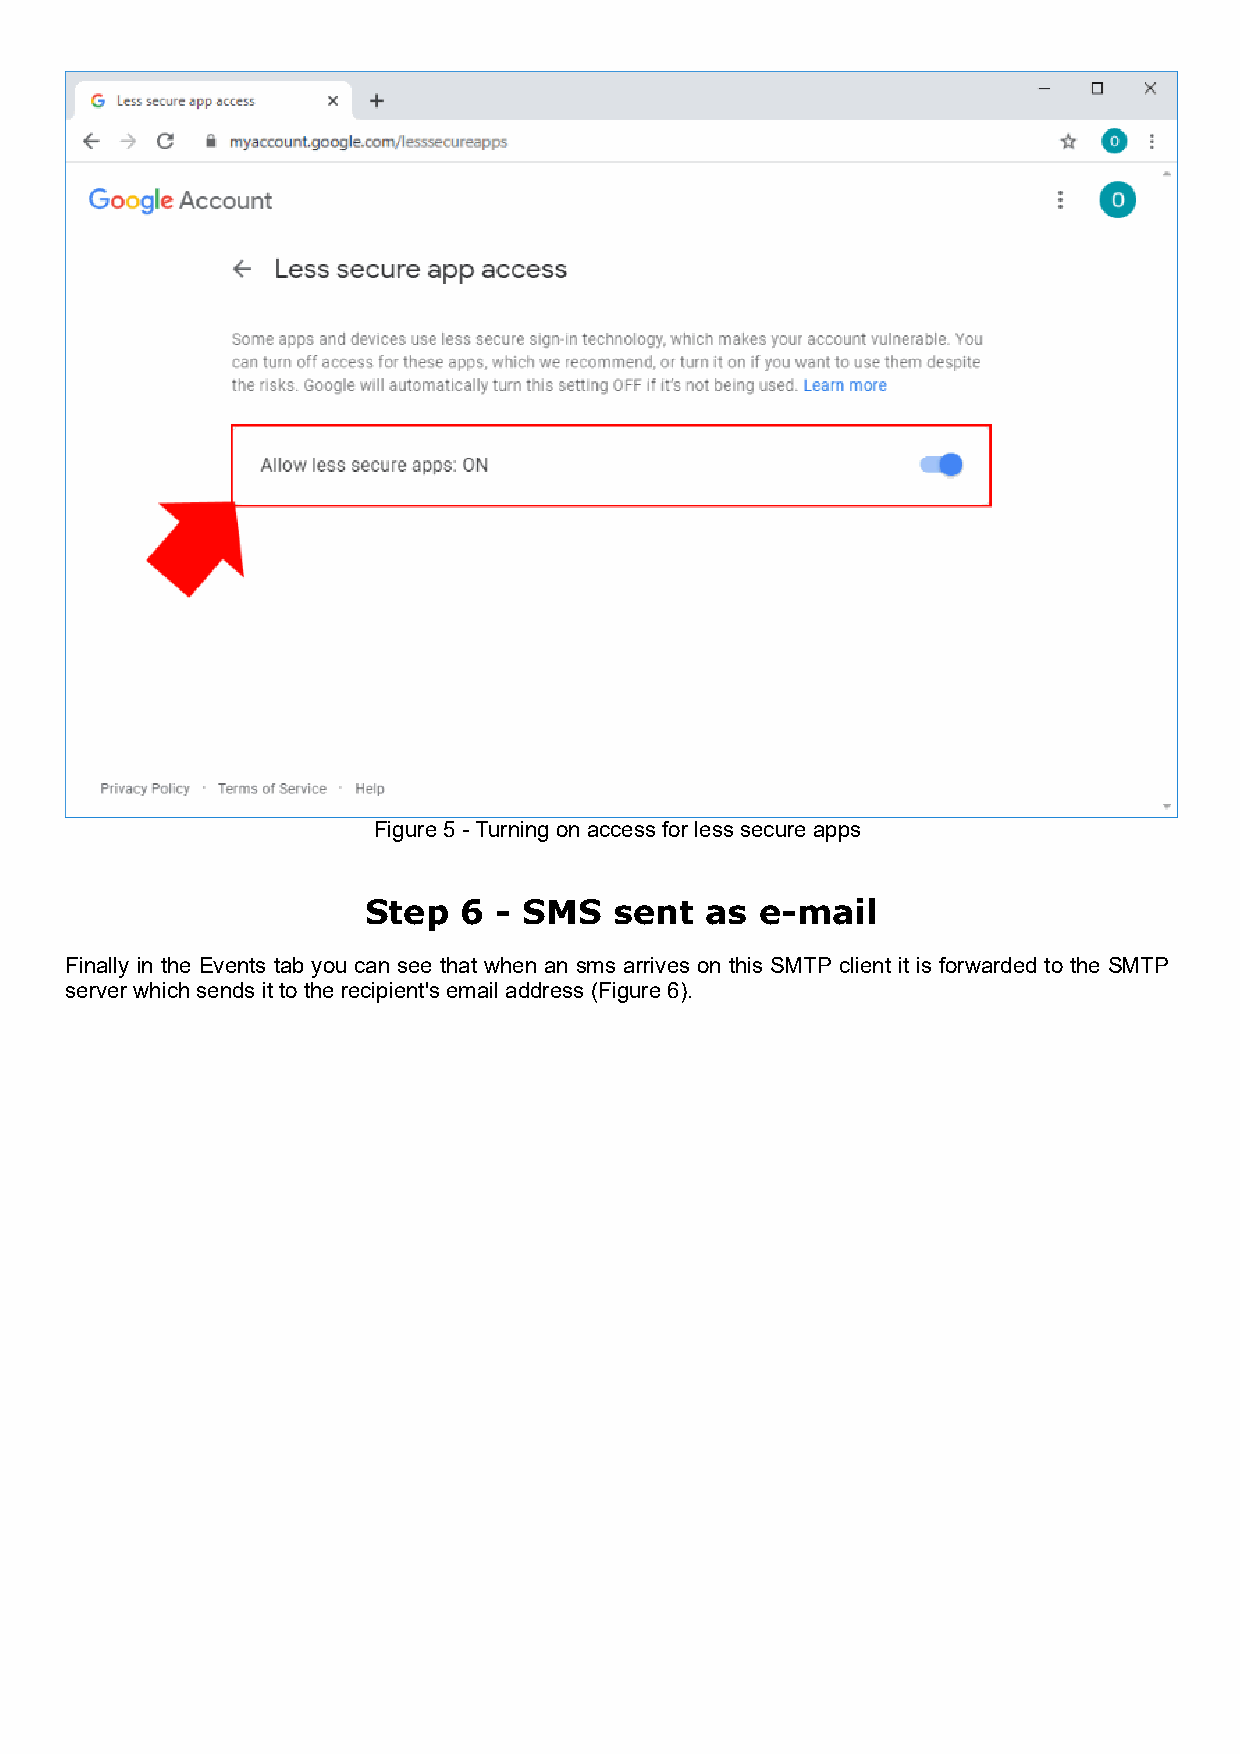
Figure 5 - Turning on access for less secure apps
 Step  6  - SMS   sent  as e-mail
 Finally in the Events tab you can see that when an sms arrives on this SMTP client it is forwarded to the SMTP
 server which sends it to the recipient's email address (Figure 6).